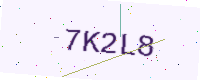
Text: 7K2L8